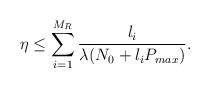
\begin{align*}\eta \leq \sum_{i=1}^{M_R} \frac{l_i}{\lambda(N_0 + l_i P_{max})}.\end{align*}